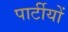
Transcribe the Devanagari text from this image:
पार्टीयों